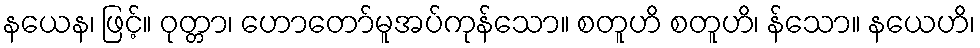
နယေန၊ ဖြင့်။ ဝုတ္တာ၊ ဟောတော်မူအပ်ကုန်သော။ စတူဟိ စတူဟိ၊ န်သော။ နယေဟိ၊